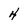
Character: 4